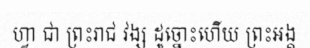
ហ្វា ជា ព្រះរាជ វង្ស ដូច្នោះហើយ ព្រះអង្គ